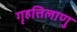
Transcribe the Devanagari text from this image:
गृहत्तिलाणु